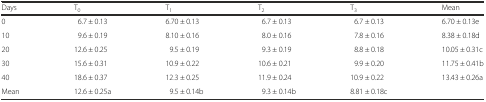
| Days | T0 | T1 | T2 | T3 | Mean |
 | --- | --- | --- | --- | --- | --- |
 | 0 | 6.7 ± 0.13 | 6.70 ± 0.13 | 6.7 ± 0.13 | 6.7 ± 0.13 | 6.70 ± 0.13e |
 | 10 | 9.6 ± 0.19 | 8.10 ± 0.16 | 8.0 ± 0.16 | 7.8 ± 0.16 | 8.38 ± 0.18d |
 | 20 | 12.6 ± 0.25 | 9.5 ± 0.19 | 9.3 ± 0.19 | 8.8 ± 0.18 | 10.05 ± 0.31c |
 | 30 | 15.6 ± 0.31 | 10.9 ± 0.22 | 10.6 ± 0.21 | 9.9 ± 0.20 | 11.75 ± 0.41b |
 | 40 | 18.6 ± 0.37 | 12.3 ± 0.25 | 11.9 ± 0.24 | 10.9 ± 0.22 | 13.43 ± 0.26a |
 | Mean | 12.6 ± 0.25a | 9.5 ± 0.14b | 9.3 ± 0.14b | 8.81 ± 0.18c |  |